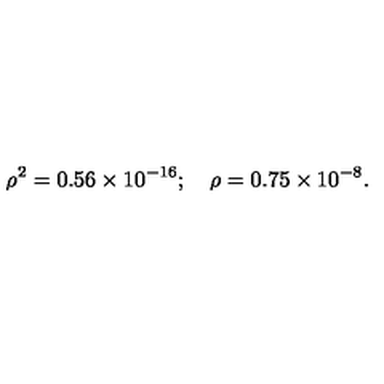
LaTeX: \rho ^ { 2 } = 0 . 5 6 \times 1 0 ^ { - 1 6 } ; \quad \rho = 0 . 7 5 \times 1 0 ^ { - 8 } .